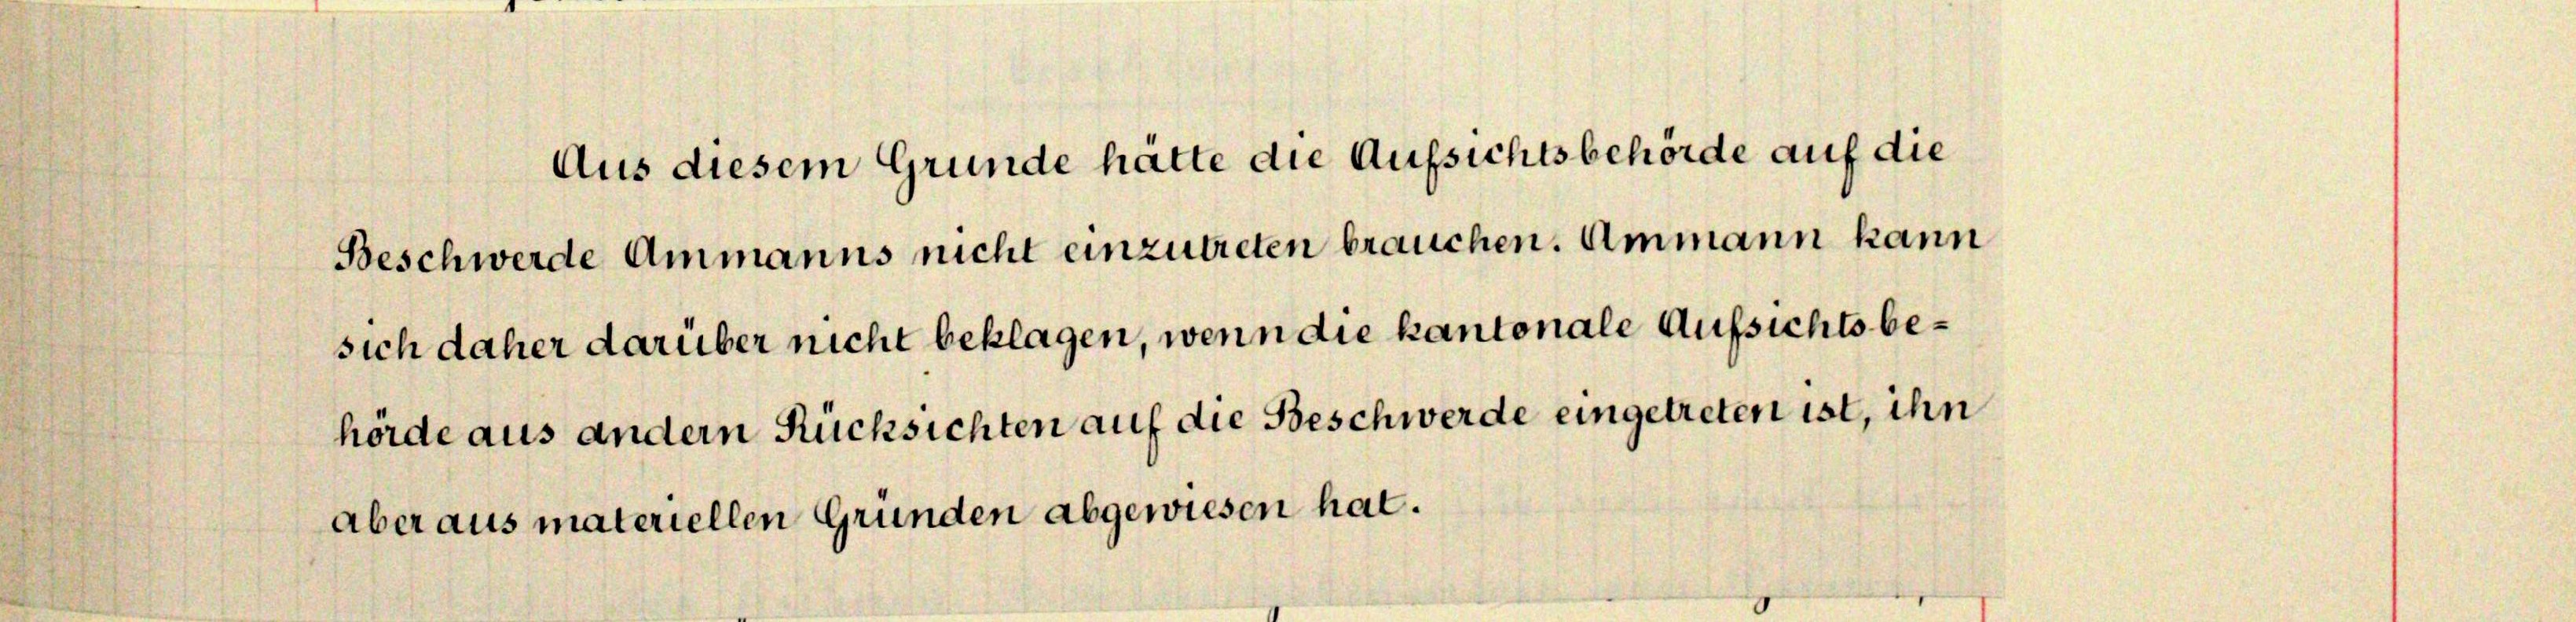
Aus diesem Grunde hätte die Aufsichtsbehörde auf die
Beschwerde Ammanns nicht einzutreten brauchen. Ammann kann
sich daher darüber nicht beklagen, wenn die kantonale Aufsichts be¬

hörde aus andern Rücksichten auf die Beschwerde eingetreten ist, ihn

aber aus materiellen Gründen abgewiesen hat.